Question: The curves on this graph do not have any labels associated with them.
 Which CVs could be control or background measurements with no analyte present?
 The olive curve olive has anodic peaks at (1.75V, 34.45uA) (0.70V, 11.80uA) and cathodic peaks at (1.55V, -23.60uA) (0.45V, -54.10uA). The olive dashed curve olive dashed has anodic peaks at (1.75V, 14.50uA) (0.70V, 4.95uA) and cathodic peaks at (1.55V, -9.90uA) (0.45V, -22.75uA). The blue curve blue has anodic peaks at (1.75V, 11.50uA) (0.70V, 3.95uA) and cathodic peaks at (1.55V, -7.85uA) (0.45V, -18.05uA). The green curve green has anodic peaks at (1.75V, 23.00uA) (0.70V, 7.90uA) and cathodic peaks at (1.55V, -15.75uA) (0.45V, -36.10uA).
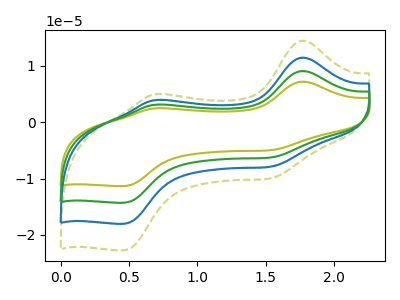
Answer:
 <answer>There are not any CV's on this graph that are likely to be blanks.</answer>
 <eval>none</eval>